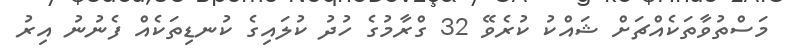
މަސްތުވާތަކެއްޗަށް ޝައްކު ކުރެވޭ 32 ގްރާމުގެ ހުދު ކުލައިގެ ކުނޑިތަކެއް ފެނުނު އިރު